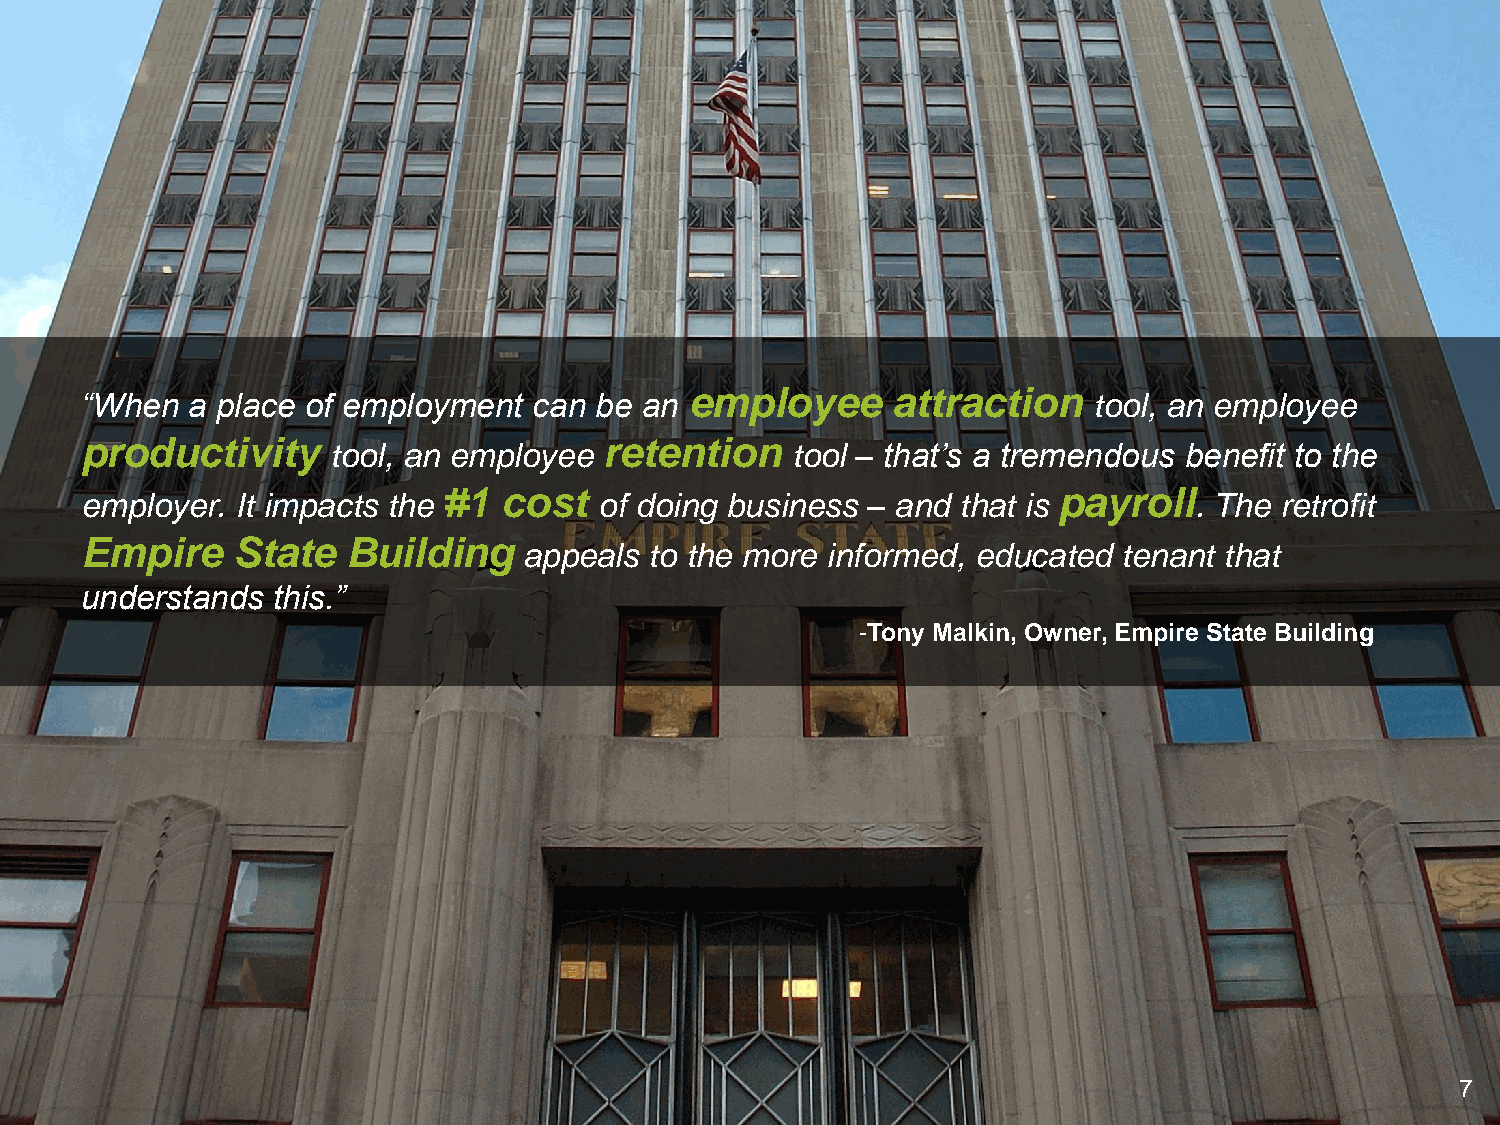
employee     attraction
 “When  a place of employment  can be an                            tool, an employee
 productivity                       retention
 tool, an employee             tool – that’s a tremendous benefit to the
 #1  cost                                 payroll
 employer.  It impacts the          of doing business – and that is        . The retrofit
 Empire    State   Building
 appeals to the more informed, educated tenant that
 understands  this.”
 -Tony Malkin, Owner, Empire State Building
 7